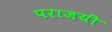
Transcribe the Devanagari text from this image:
पराजयी